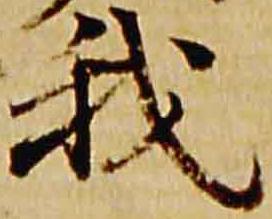
我